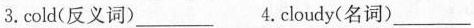
3.cold(反义词)___ 4.cloudy(名词)___